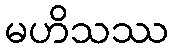
မဟိသဿ